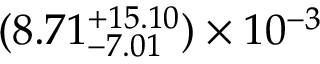
( 8 . 7 1 _ { - 7 . 0 1 } ^ { + 1 5 . 1 0 } ) \times 1 0 ^ { - 3 }